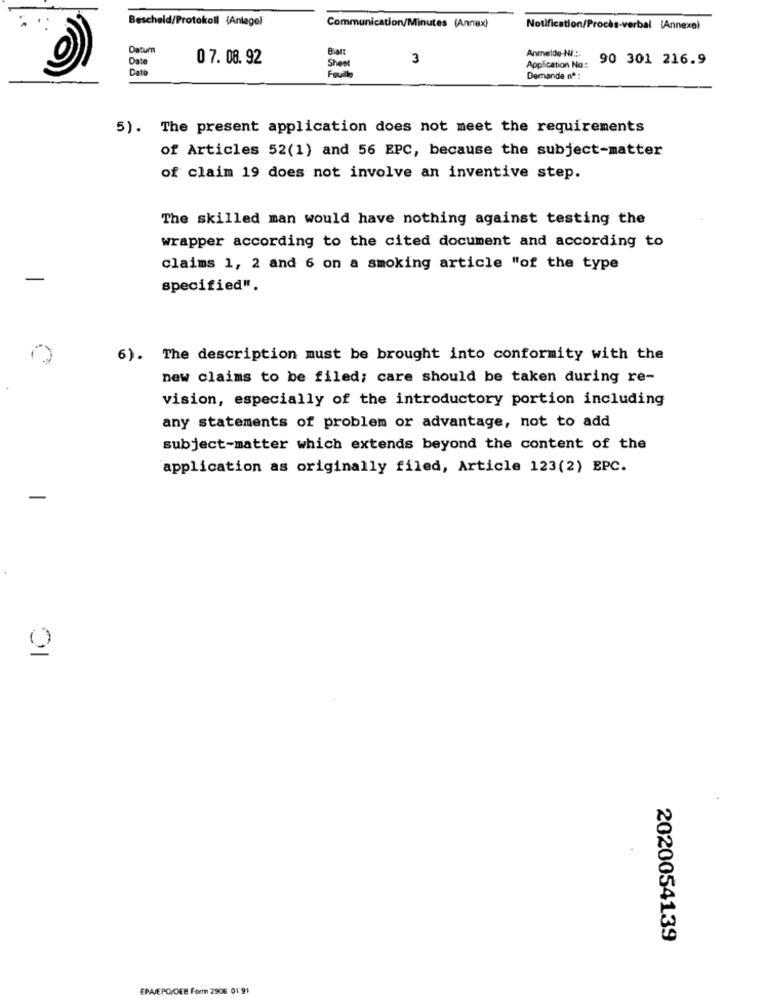
Bescheid/Protokoll (Anlage)
Communication/Minutes (Annex)
Notification/Procès-verbal (Annexe)
Datum
Anmelde-Ni .::
O
Date
07. 08. 92
Blatt
3
90 301 216.9
Dato
Sheet
Application No:
Demande nº :
5). The present application does not meet the requirements
of Articles 52(1) and 56 EPC, because the subject-matter
of claim 19 does not involve an inventive step.
The skilled man would have nothing against testing the
wrapper according to the cited document and according to
claims 1, 2 and 6 on a smoking article "of the type
-
specified".
6).
The description must be brought into conformity with the
new claims to be filed; care should be taken during re-
vision, especially of the introductory portion including
any statements of problem or advantage, not to add
subject-matter which extends beyond the content of the
application as originally filed, Article 123(2) EPC.
01
2020054139
EPAJEPO/CEE Foem 2906 01:91